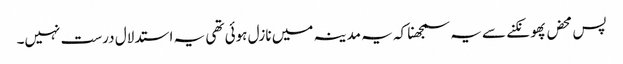
پس محض پھونکنے سے یہ سمجھنا کہ یہ مدینہ میں نازل ہوئی تھی یہ استدلال درست نہیں۔